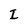
Character: I